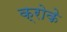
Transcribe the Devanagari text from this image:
क्रोके